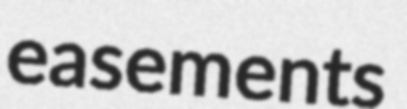
easements